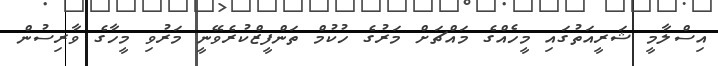
އިސްލާމީ ޝަރީއަތުގައި މީހެއްގެ މައްޗަށް މަރުގެ ހުކުމް ތަންފީޒްކުރެވޭނީ މަރުވި މީހާގެ ވާރިސުން